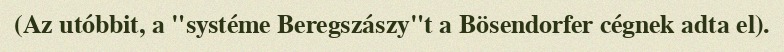
(Az utóbbit, a "systéme Beregszászy"t a Bösendorfer cégnek adta el).